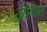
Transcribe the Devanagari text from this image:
दुश्चित्त